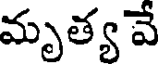
మృత్య వే